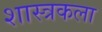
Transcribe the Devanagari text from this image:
शास्त्रकला